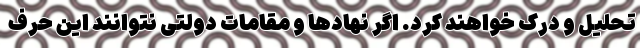
تحلیل و درک خواهند کرد. اگر نهادها و مقامات دولتی نتوانند این حرف